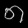
Digit: ၈